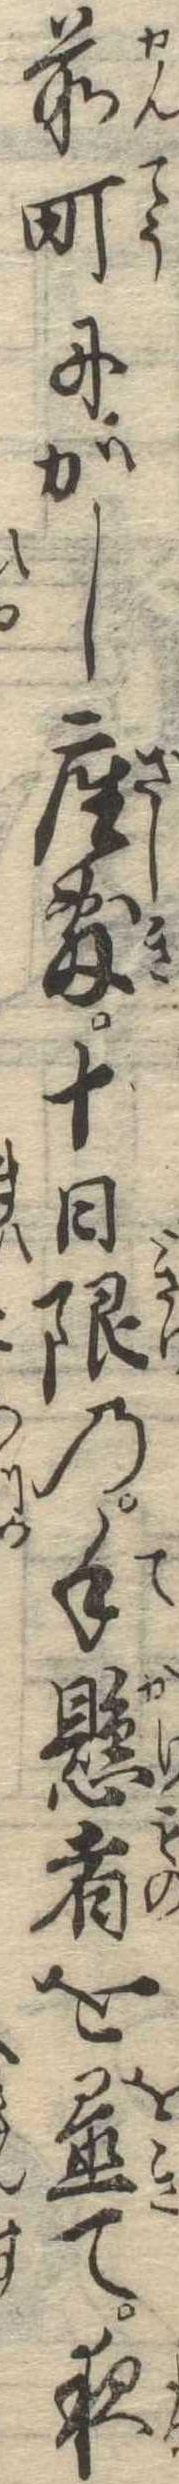
前町にかし座敷十日限の手懸者を置て夜